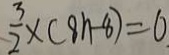
\frac { 3 } { 2 } \times ( 8 n - 8 ) = 0